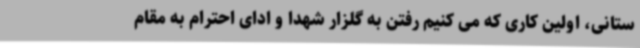
ستانی، اولین کاری که می کنیم رفتن به گلزار شهدا و ادای احترام به مقام